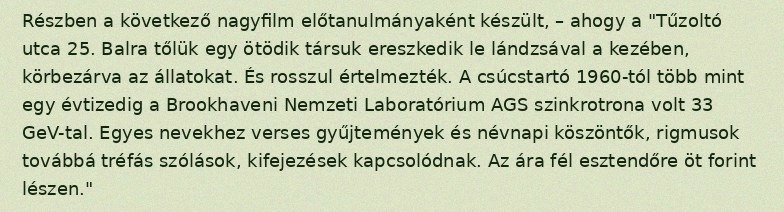
Részben a következő nagyfilm előtanulmányaként készült, – ahogy a "Tűzoltó utca 25. Balra tőlük egy ötödik társuk ereszkedik le lándzsával a kezében, körbezárva az állatokat. És rosszul értelmezték. A csúcstartó 1960-tól több mint egy évtizedig a Brookhaveni Nemzeti Laboratórium AGS szinkrotrona volt 33 GeV-tal. Egyes nevekhez verses gyűjtemények és névnapi köszöntők, rigmusok továbbá tréfás szólások, kifejezések kapcsolódnak. Az ára fél esztendőre öt forint lészen."